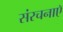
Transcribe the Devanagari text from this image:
संरचनाएॅ